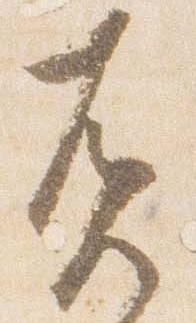
否